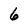
Character: 6